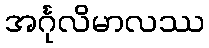
အင်္ဂုလိမာလဿ